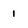
Character: 1